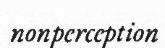
nonperception